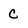
Character: C